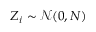
Z _ { i } \sim { \mathcal { N } } ( 0 , N ) \,